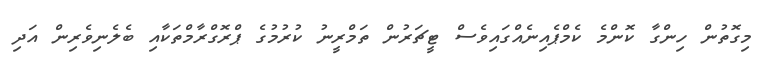
މިގޮތުން ހިންގާ ކޮންމެ ކެމްޕެއިނެއްގައިވެސް ޓީޗަރުން ތަމްރީނު ކުރުމުގެ ޕްރޮގްރާމްތަކާއި ބެލެނިވެރިން އަދި